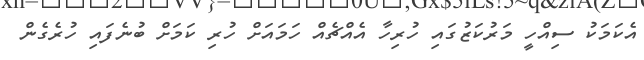
އެކަމަކު ސިއްހީ މަރުކަޒުގައި ހުރިހާ އެއްޗެއް ހަމައަށް ހުރި ކަމަށް ބުނެފައި ހުރެގެން